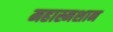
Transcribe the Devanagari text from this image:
महास्मशान